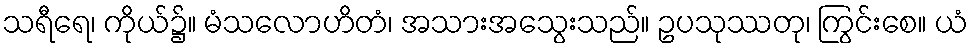
သရီရေ၊ ကိုယ်၌။ မံသလောဟိတံ၊ အသားအသွေးသည်။ ဥပသုဿတု၊ ကြွင်းစေ။ ယံ